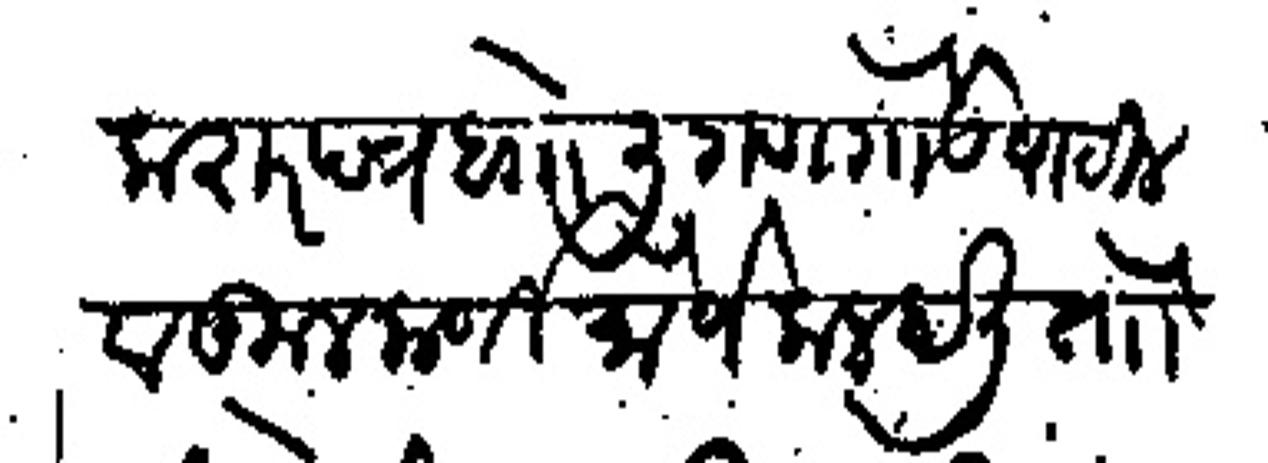
Transliteration (Devanagari): करारपत्र बाा लिगण गौडा पाटील व कुलकर्णी मौजे कलहाली तोा